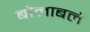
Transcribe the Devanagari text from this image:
बौलाबले